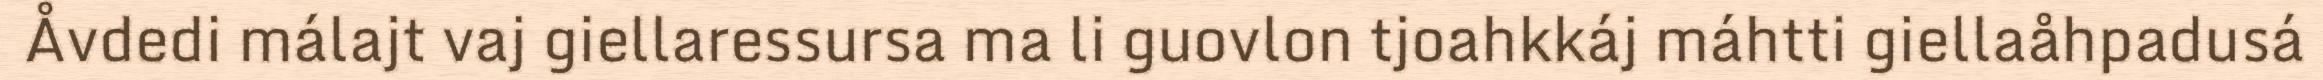
Åvdedi málajt vaj giellaressursa ma li guovlon tjoahkkáj máhtti giellaåhpadusá